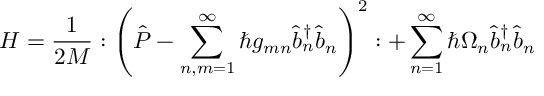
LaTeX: H = \frac { 1 } { 2 M } : \left( \hat { P } - \sum _ { n , m = 1 } ^ { \infty } \hbar g _ { m n } \hat { b } _ { n } ^ { \dag } \hat { b } _ { n } \right) ^ { 2 } : + \sum _ { n = 1 } ^ { \infty } \hbar \Omega _ { n } \hat { b } _ { n } ^ { \dag } \hat { b } _ { n }